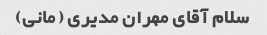
سلام آقای مهران مدیری (مانی)